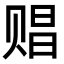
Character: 䞎